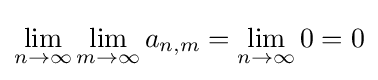
\lim _{n\to \infty }\lim _{m\to \infty }a_{n,m}=\lim _{n\to \infty }0=0